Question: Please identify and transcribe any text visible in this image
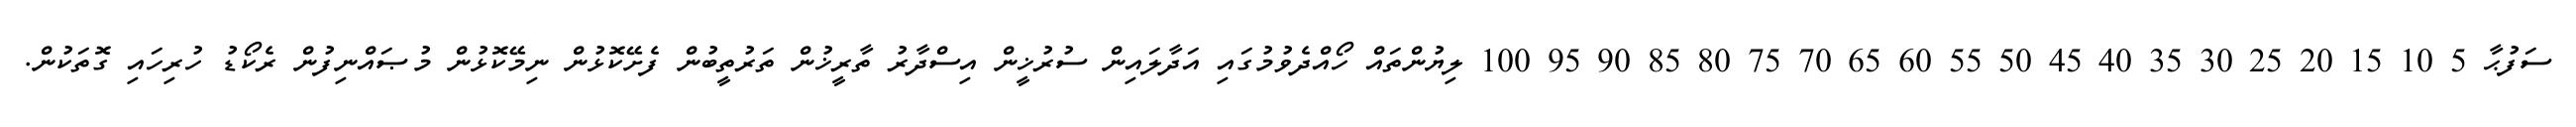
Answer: ސަފުޙާ 5 10 15 20 25 30 35 40 45 50 55 60 65 70 75 80 85 90 95 100 ލިޔުންތައް ހޯއްދެވުމުގައި އަދާލައިން ސުރުޚީން އިސްދާރު ތާރީޚުން ތަރުތީބުން ފެށޭކޮޅުން ނިމޭކޮޅުން މުޞައްނިފުން ރެކޯޑު ހުރިހައި ގޮތަކުން.